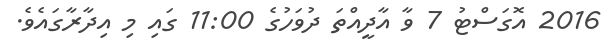
2016 އޮގަސްޓު 7 ވާ އާދީއްތަ ދުވަހުގެ 11:00 ގައި މި އިދާރާގައެވެ.